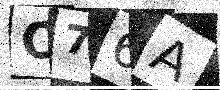
Text: O76A